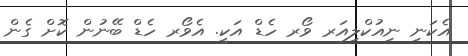
އެކަނި ނިއުކްލިއަރ ވޯރ ހެޑް އަކީ. އެވޯރ ހެޑް ބޭނުން ކޮށް ގެން